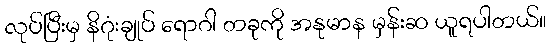
လုပ်ပြီးမှ နိဂုံးချုပ် ရောဂါ တခုကို အနုမာန မှန်းဆ ယူရပါတယ်။